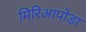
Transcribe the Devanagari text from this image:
मिरिआपोडा